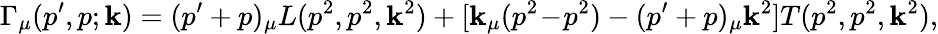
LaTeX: \Gamma_{\mu}(p^{\prime},p;\mathbf{k})=(p^{\prime}+p)_{\mu}L(p^{2},p^{2},\mathbf{k}^{2})+[\mathbf{k}_{\mu}(p^{2}\! -\! p^{2})-(p^{\prime}+p)_{\mu}\mathbf{k}^{2}]T(p^{2},p^{2},\mathbf{k}^{2}),